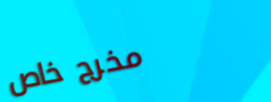
مخرج خاص